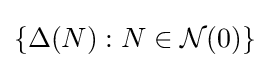
\left\{\Delta (N):N\in {\mathcal {N}}(0)\right\}